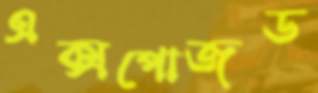
এক্সপোজড